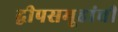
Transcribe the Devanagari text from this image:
द्वीपसमूहांची